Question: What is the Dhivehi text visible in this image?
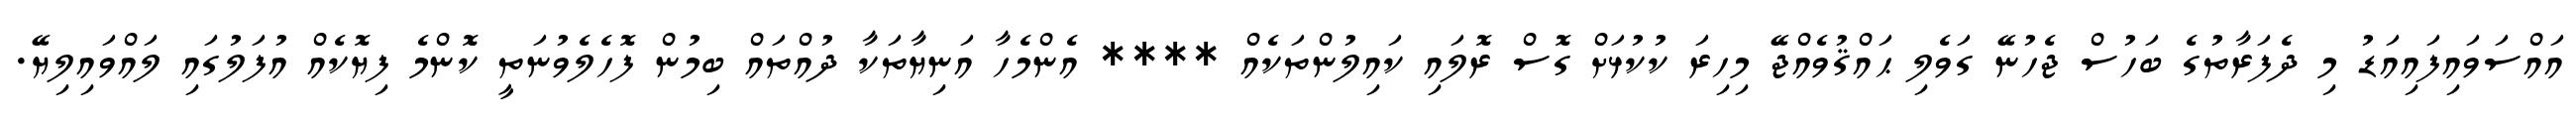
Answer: އައްސަވައިފައިއަޑު މި ދެފަރާތުގެ ބަހުސް ޖެހުނޭ ގަވެލި ޙައްޤުވެއްޖޭ މިހިރަ ކުކުޅަށް ގޮސް ރޮލައި ކައިލުންތަކެއް **** އެންމެހާ އަނިޔާތަކާ ދުއްތައް ބިމުން ފޮހެލެވުނަތީ ކޮންމެ ފިޔޮކެއް އުފަލުގައި ލައްވައިލިޔޭ.